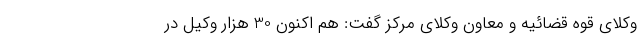
وکلای قوه قضائیه و معاون وکلای مرکز گفت: هم اکنون 30 هزار وکیل در